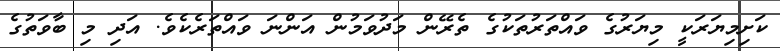
ކަށިމިޔަރަކީ މިޔަރުގެ ވައްތަރުތަކުގެ ތެރޭން މަދުވަމުން އަންނަ ވައްތަރެކެވެ. އަދި މި ބާވަތުގެ